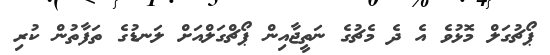
ޕޯޗުގަލް މޮޅުވެ އެ ދެ މެޗުގެ ނަތީޖާއިން ޕޯޗްގަލްއަށް ލަނޑުގެ ތަފާތުން ކުރި